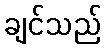
ချင်သည်